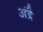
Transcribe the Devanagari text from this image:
अंद्रै